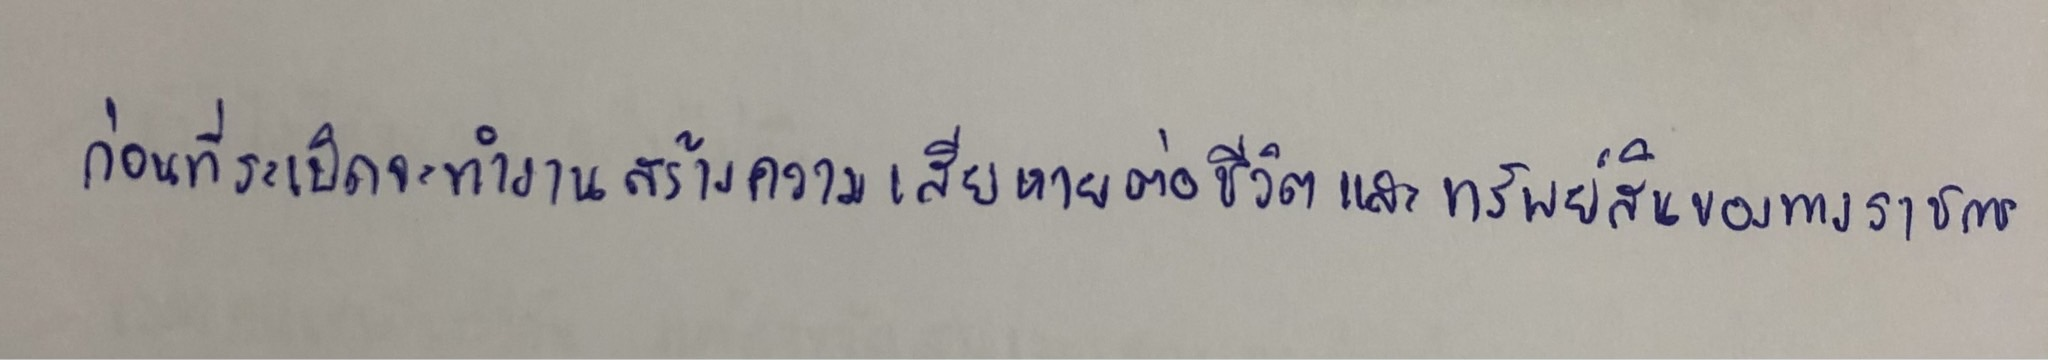
ก่อนที่ระเบิดจะทำงานสร้างความเสียหายต่อชีวิตและทรัพย์สินของทางราชการ